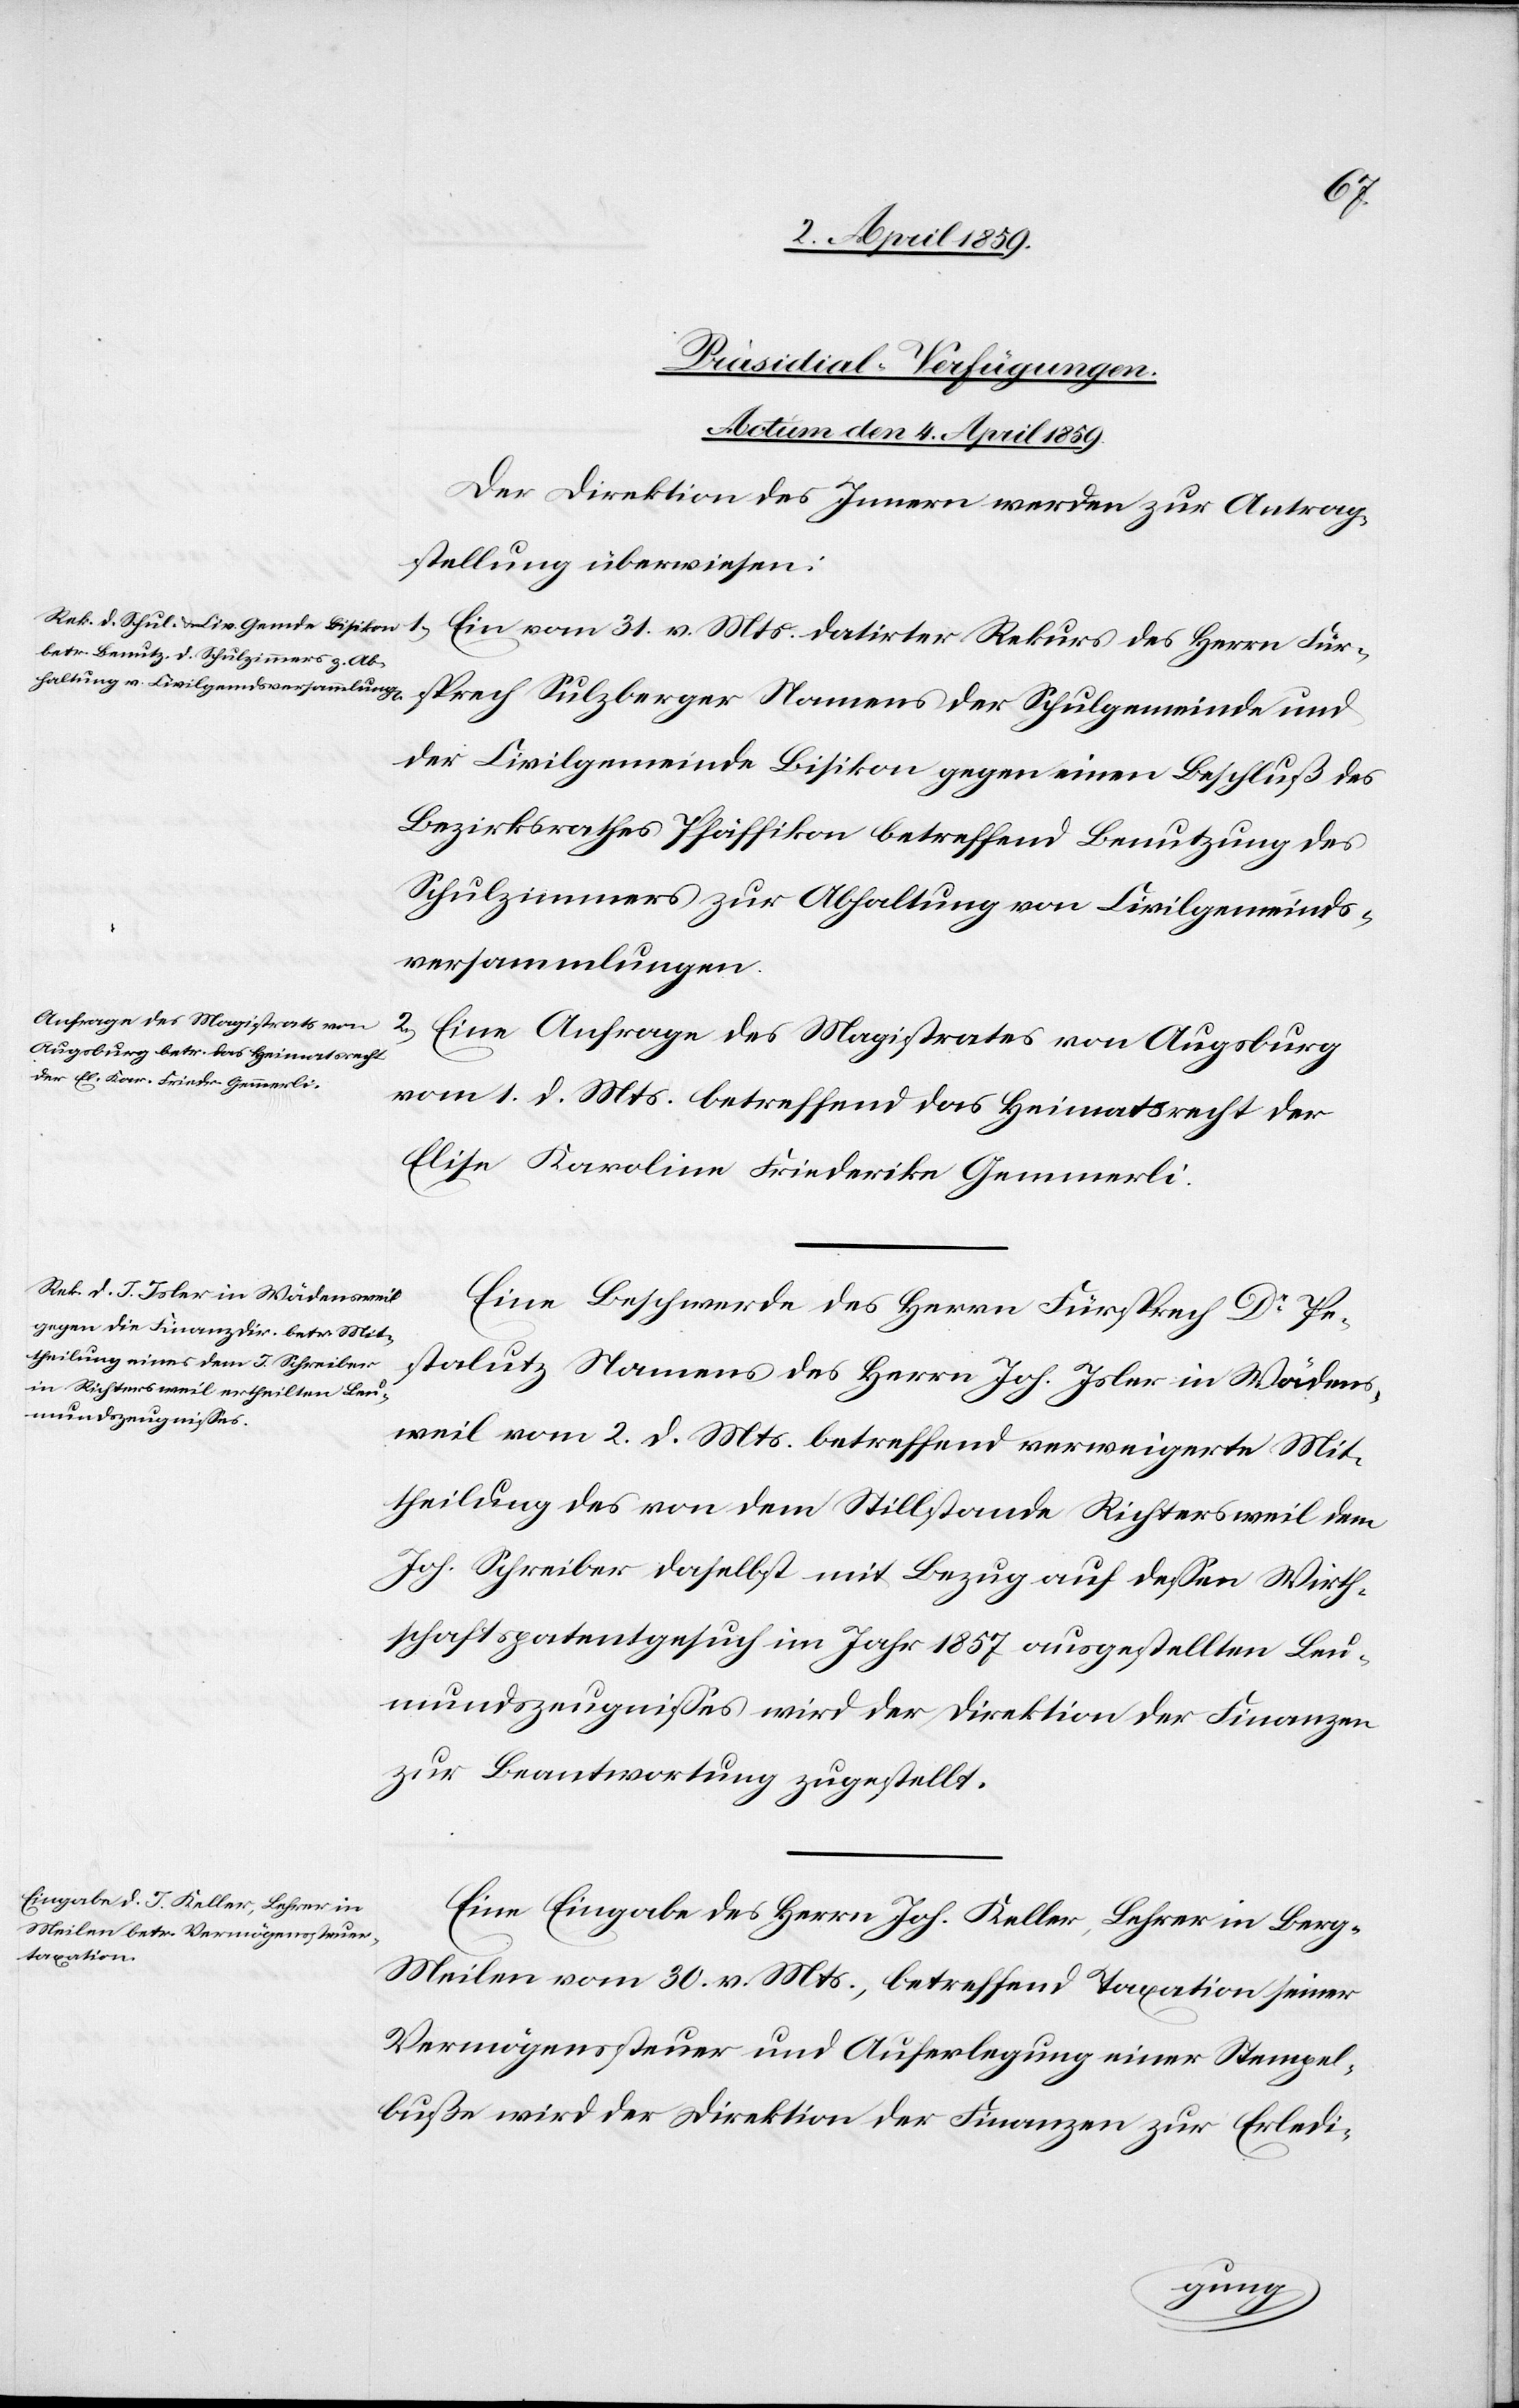
sprech
[Präsidial-Verfügungen.
Actum den 4. April 1859.]
Der Direktion des Innern werden zur Antrag¬
stellung überwiesen:
1) Ein vom 31. v. Mts. datirter Rekurs des Herrn Für¬
der Civilgemeinde Bisikon gegen einen Beschluß des
Bezirksrathes Pfäffikon betreffend Benutzung des
Schulzimmers zur Abhaltung von Civilgemeinds¬
versammlungen.
2) Eine Anfrage des Magistrates von Augsburg
vom 1. d. Mts. betreffend das Heimatsrecht der
Elise Karoline Friederike Gemmerli.
Eine Beschwerde des Herrn Fürsprech Dr. Pe¬
stalutz Namens des Herrn Joh. Isler in Wädens¬
weil vom 2. d. Mts. betreffend verweigerte Mit¬
theilung des von dem Stillstande Richtersweil dem
Joh. Schreiber daselbst mit Bezug auf deßen Wirth¬
schaftspatentgesuch im Jahr 1857 ausgestellten Leu¬
mundszeugnißes wird der Direktion der Finanzen
zur Beantwortung zugestellt.
Eine Eingabe des Herrn Joh. Keller, Lehrer in Berg-M¬
eilen vom 30. v. Mts., betreffend Taxation seiner
Vermögenssteuer und Auferlegung einer Stempel¬
buße wird der Direktion der Finanzen zur Erledi-